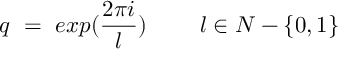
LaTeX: q ~ = ~ e x p ( \frac { 2 \pi i } { l } ) ~ ~ ~ ~ ~ ~ ~ l \in N - \{ 0 , 1 \}